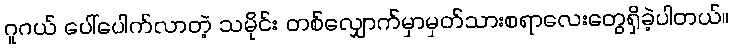
ဂူဂယ် ပေါ်ပေါက်လာတဲ့ သမိုင်း တစ်လျှောက်မှာမှတ်သားစရာလေးတွေရှိခဲ့ပါတယ်။